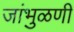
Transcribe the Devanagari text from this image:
जांभुळणी